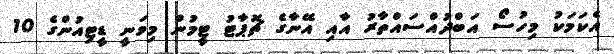
އެކަމަކު މިހުސޯ އަބްދުއްސައްތާރު އާއި އޭނާގެ ޗޮޕާޓު ޓީމުން މިވަނީ ޑީޓިއުންގެ 10